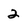
Character: 2